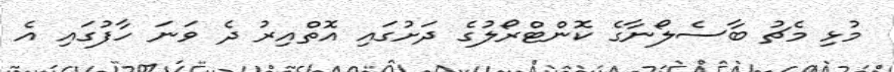
މުޅި މެޗު ބާސެލޯނާގެ ކޮންޓްރޯލުގެ ދަށުގައި އޮތްއިރު ދެ ވަނަ ހާފުގައި އެ